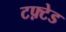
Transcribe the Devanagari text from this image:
टफ़्टेड